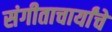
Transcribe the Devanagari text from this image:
संगीताचार्यांचे